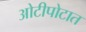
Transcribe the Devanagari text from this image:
ओटीपोटात